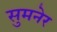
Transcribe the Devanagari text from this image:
सुमनेर